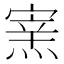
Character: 𤌊